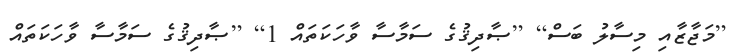
[މަޖާޒާއި މިސާލު ބަސް] [ޞާދިޤުގެ ސަމާސާ ވާހަކަތައް 1] [ޞާދިޤުގެ ސަމާސާ ވާހަކަތައް